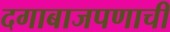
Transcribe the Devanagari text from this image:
दगाबाजपणाची